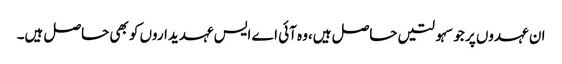
ان عہدوں پر جو سہولتیں حاصل ہیں،وہ آئی اے ایس عہدیداروں کو بھی حاصل ہیں۔